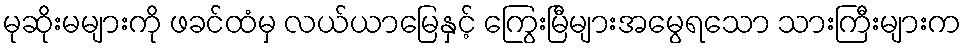
မုဆိုးမများကို ဖခင်ထံမှ လယ်ယာမြေနှင့် ကြွေးမြီများအမွေရသော သားကြီးများက